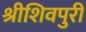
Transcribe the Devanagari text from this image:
श्रीशिवपुरी